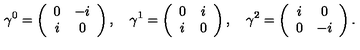
\gamma ^ { 0 } = \left( \begin{array} { c c } { 0 } & { { - i } } \\ { i } & { { 0 } } \\ \end{array} \right) , \quad \gamma ^ { 1 } = \left( \begin{array} { c c } { 0 } & { { i } } \\ { i } & { { 0 } } \\ \end{array} \right) , \quad \gamma ^ { 2 } = \left( \begin{array} { c c } { i } & { { 0 } } \\ { 0 } & { { - i } } \\ \end{array} \right) .